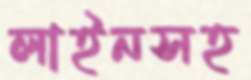
লাইনসহ